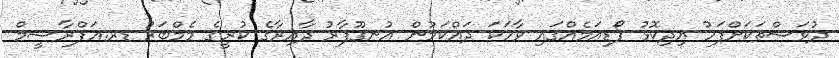
ދުވަސްތަކަށްފަހު އިދިކޮޅު ޕޯޑިއަމެއްގައި ވާހަކަ ދައްކަމުން އުނގޫފާރު ދާއިރާގެ ކުރީގެ މެމްބަރު ޑރ.އަފްރާޝީމް